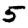
Digit: 5